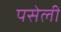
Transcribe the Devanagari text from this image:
पसेली